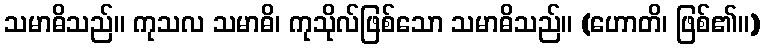
သမာဓိသည်။ ကုသလ သမာဓိ၊ ကုသိုလ်ဖြစ်သော သမာဓိသည်။ (ဟောတိ၊ ဖြစ်၏။)